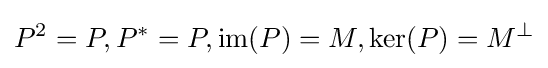
P^{2}=P,P^{*}=P,\operatorname {im} (P)=M,\operatorname {ker} (P)=M^{\bot }